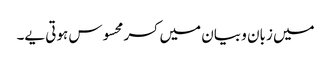
میں زبان و بیان میں کسر محسوس ہوتی یے۔